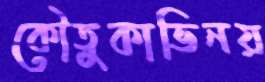
কৌতুকাভিনয়